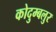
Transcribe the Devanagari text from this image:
कोदुम्बलुर